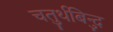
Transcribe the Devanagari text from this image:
चतुर्थबिन्दु